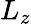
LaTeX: L_{z}